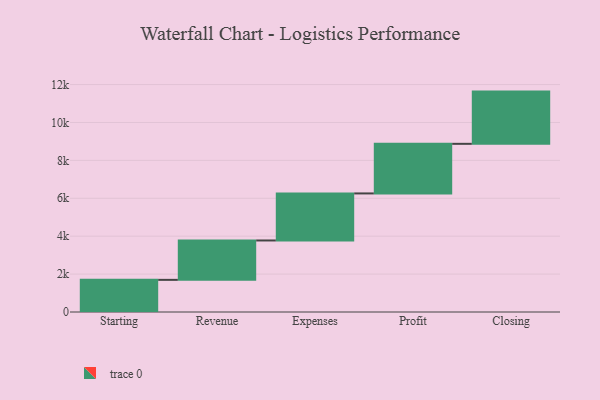
{"axis": {"x": "Step", "y": "Value"}, "legend": [""], "data": [{"x": "Starting", "y": 1696.0, "type": ""}, {"x": "Revenue", "y": 2078.0, "type": ""}, {"x": "Expenses", "y": 2482.0, "type": ""}, {"x": "Profit", "y": 2617.0, "type": ""}, {"x": "Closing", "y": 2756.0, "type": ""}]}